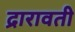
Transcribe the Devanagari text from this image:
द्रारावती